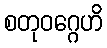
စတုဝဂ္ဂေဟိ